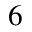
^ 6